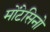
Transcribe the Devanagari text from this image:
मोंटेसिनो